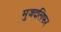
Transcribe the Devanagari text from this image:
मुजदलिफर